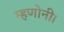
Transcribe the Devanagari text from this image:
म्हणोनी।